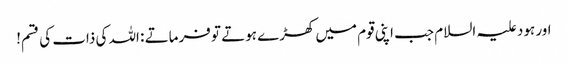
اور ہود علیہ السلام جب اپنی قوم میں کھڑے ہوتے تو فرماتے : اللہ کی ذات کی قسم!